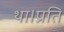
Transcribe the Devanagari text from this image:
था।प्रति